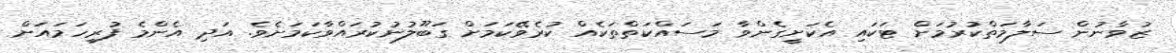
ޒުވާނުން ސަލާމަތްކުރުމަށް ޓަކައި އެކަށީގެންވާ މަސައްކަތްތަކެއް ކުރެވޭކަމަށް ގަބޫލުނުކުރައްވާކަމަށެވެ. އަދި އެންމެ ފުރިހަމައަށް